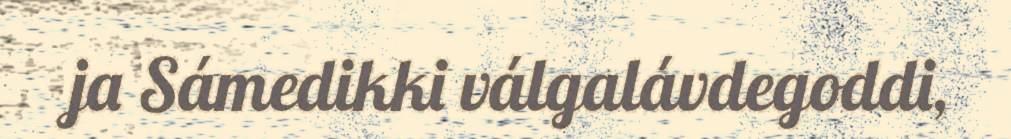
ja Sámedikki válgalávdegoddi,